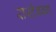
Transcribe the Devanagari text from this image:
रास्टेनबर्ग